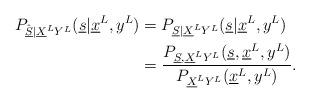
LaTeX: \begin{align*} P_{ \hat{\underline S} | \underline X^L Y^L} ({\underline s} | \underline x^L, y^L) &= P_{ {\underline S} | \underline X^L Y^L} ({\underline s} | \underline x^L, y^L) \\& = \frac{ P_{ {\underline S}, \underline X^L Y^L} ({\underline s}, \underline x^L, y^L)}{ P_{ \underline X^L Y^L} (\underline x^L, y^L)}. \end{align*}